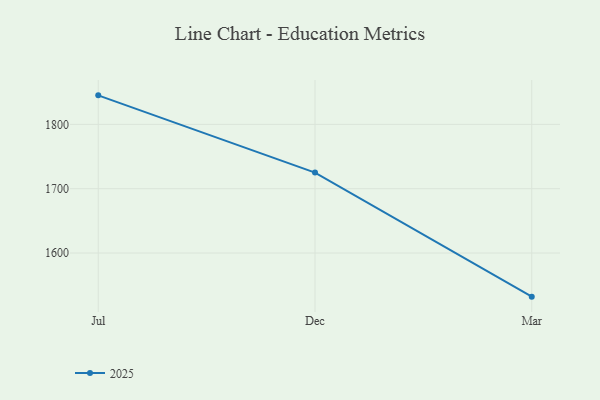
{"axis": {"x": "Month", "y": "Net Income (USD K)"}, "legend": ["2025"], "data": [{"x": "Jul", "y": 1845.1, "type": "2025"}, {"x": "Dec", "y": 1725.1, "type": "2025"}, {"x": "Mar", "y": 1532.2, "type": "2025"}]}